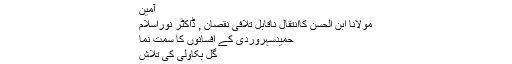
آمین
مولانا ابن الحسن کاانتقال ناقابل تلافی نقصان , ڈاکٹر نوراسلام
حمیدسہروردی کے افسانوں کا سمت نما
گُل بکاؤلی کی تلاش